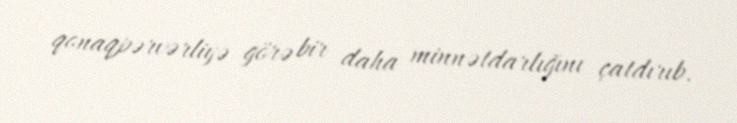
qonaqpərvərliyə görə bir daha minnətdarlığını çatdırıb.